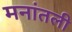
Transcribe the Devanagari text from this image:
मनांतली